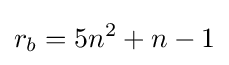
r_{b}=5n^{2}+n-1